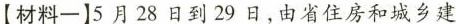
【材料一】5月28日到29日，由省住房和城乡建